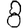
Digit: 8